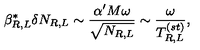
\beta _ { R , L } ^ { * } \delta N _ { R , L } \sim { \frac { \alpha ^ { \prime } M \omega } { \sqrt { N _ { R , L } } } } \sim { \frac { \omega } { T _ { R , L } ^ { ( s t ) } } } ,